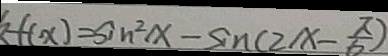
f ( x ) = \sin ^ { 2 } x - \sin ( 2 x - \frac { \pi } { 6 } )